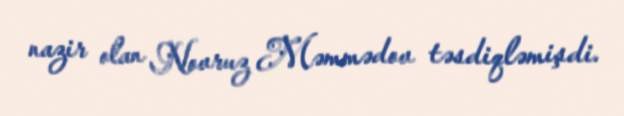
nazir olan Novruz Məmmədov təsdiqləmişdi.